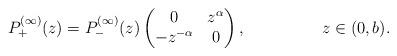
LaTeX: \begin{align*}&P^{(\infty)}_+(z) = P^{(\infty)}_-(z)\begin{pmatrix}0&z^{\alpha}\\-z^{-\alpha}&0\end{pmatrix} , &z\in (0,b).\end{align*}